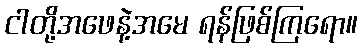
ငါတို့အဖေနဲ့အမေ ရန်ဖြစ်ကြရော။